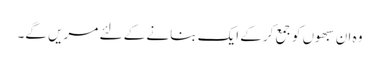
وہ ان سبھوں کو جمع کرکے ایک بنانے کے لئے مریں گے۔